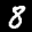
Label: 8